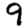
Digit: 9